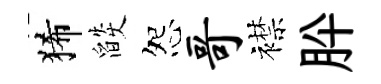
狶燄怨哥襟肸